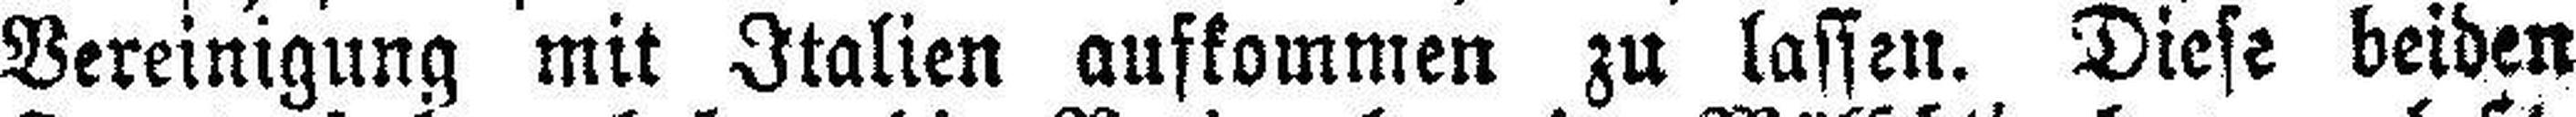
Vereinigung mit Italien aufkommen zu lassen. Diese beiden